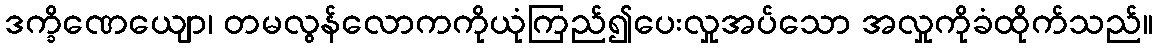
ဒက္ခိဏေယျော၊ တမလွန်လောကကိုယုံကြည်၍ပေးလှုအပ်သော အလှုကိုခံထိုက်သည်။